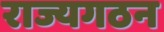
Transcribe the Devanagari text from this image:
राज्यगठन